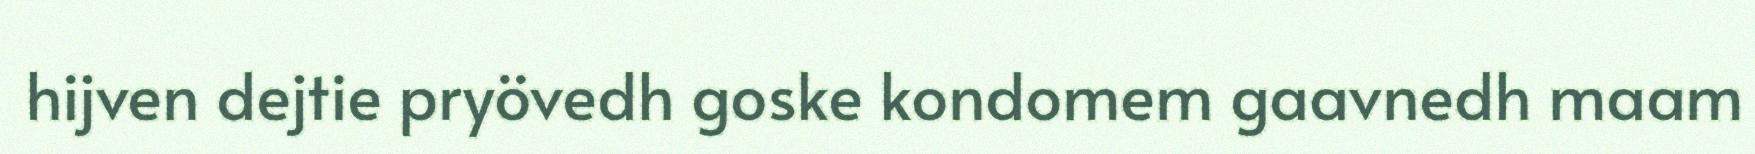
hijven dejtie pryövedh goske kondomem gaavnedh maam